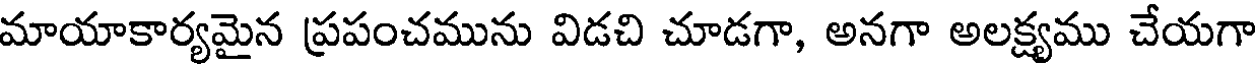
మాయాకార్యమైన ప్రపంచమును విడచి చూడగా, అనగా అలక్ష్యము చేయగా